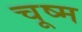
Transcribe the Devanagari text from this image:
चूष्म